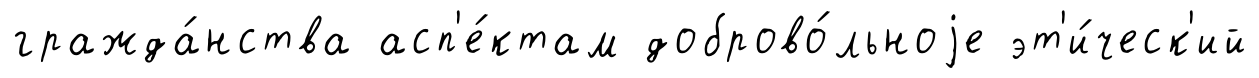
гражда́нства асп'е́ктам доброво́льноjе эт'и́ческ'ий